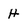
Character: H